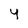
Character: 4